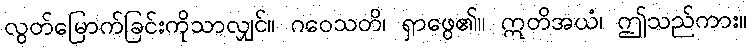
လွတ်မြောက်ခြင်းကိုသာလျှင်။ ဂဝေသတိ၊ ရှာဖွေ၏။ ဣတိအယံ၊ ဤသည်ကား။